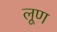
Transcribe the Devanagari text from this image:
लूण